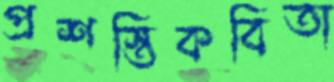
প্রশস্তিকবিতা